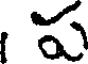
ప